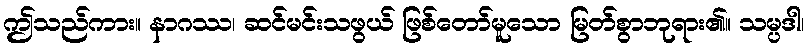
ဤသည်ကား။ နာဂဿ၊ ဆင်မင်းသဖွယ် ဖြစ်တော်မူသော မြတ်စွာဘုရား၏။ သမ္ပဒါ၊